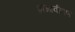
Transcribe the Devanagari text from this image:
प्राभावीपणे